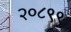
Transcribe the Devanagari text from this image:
२०८९९